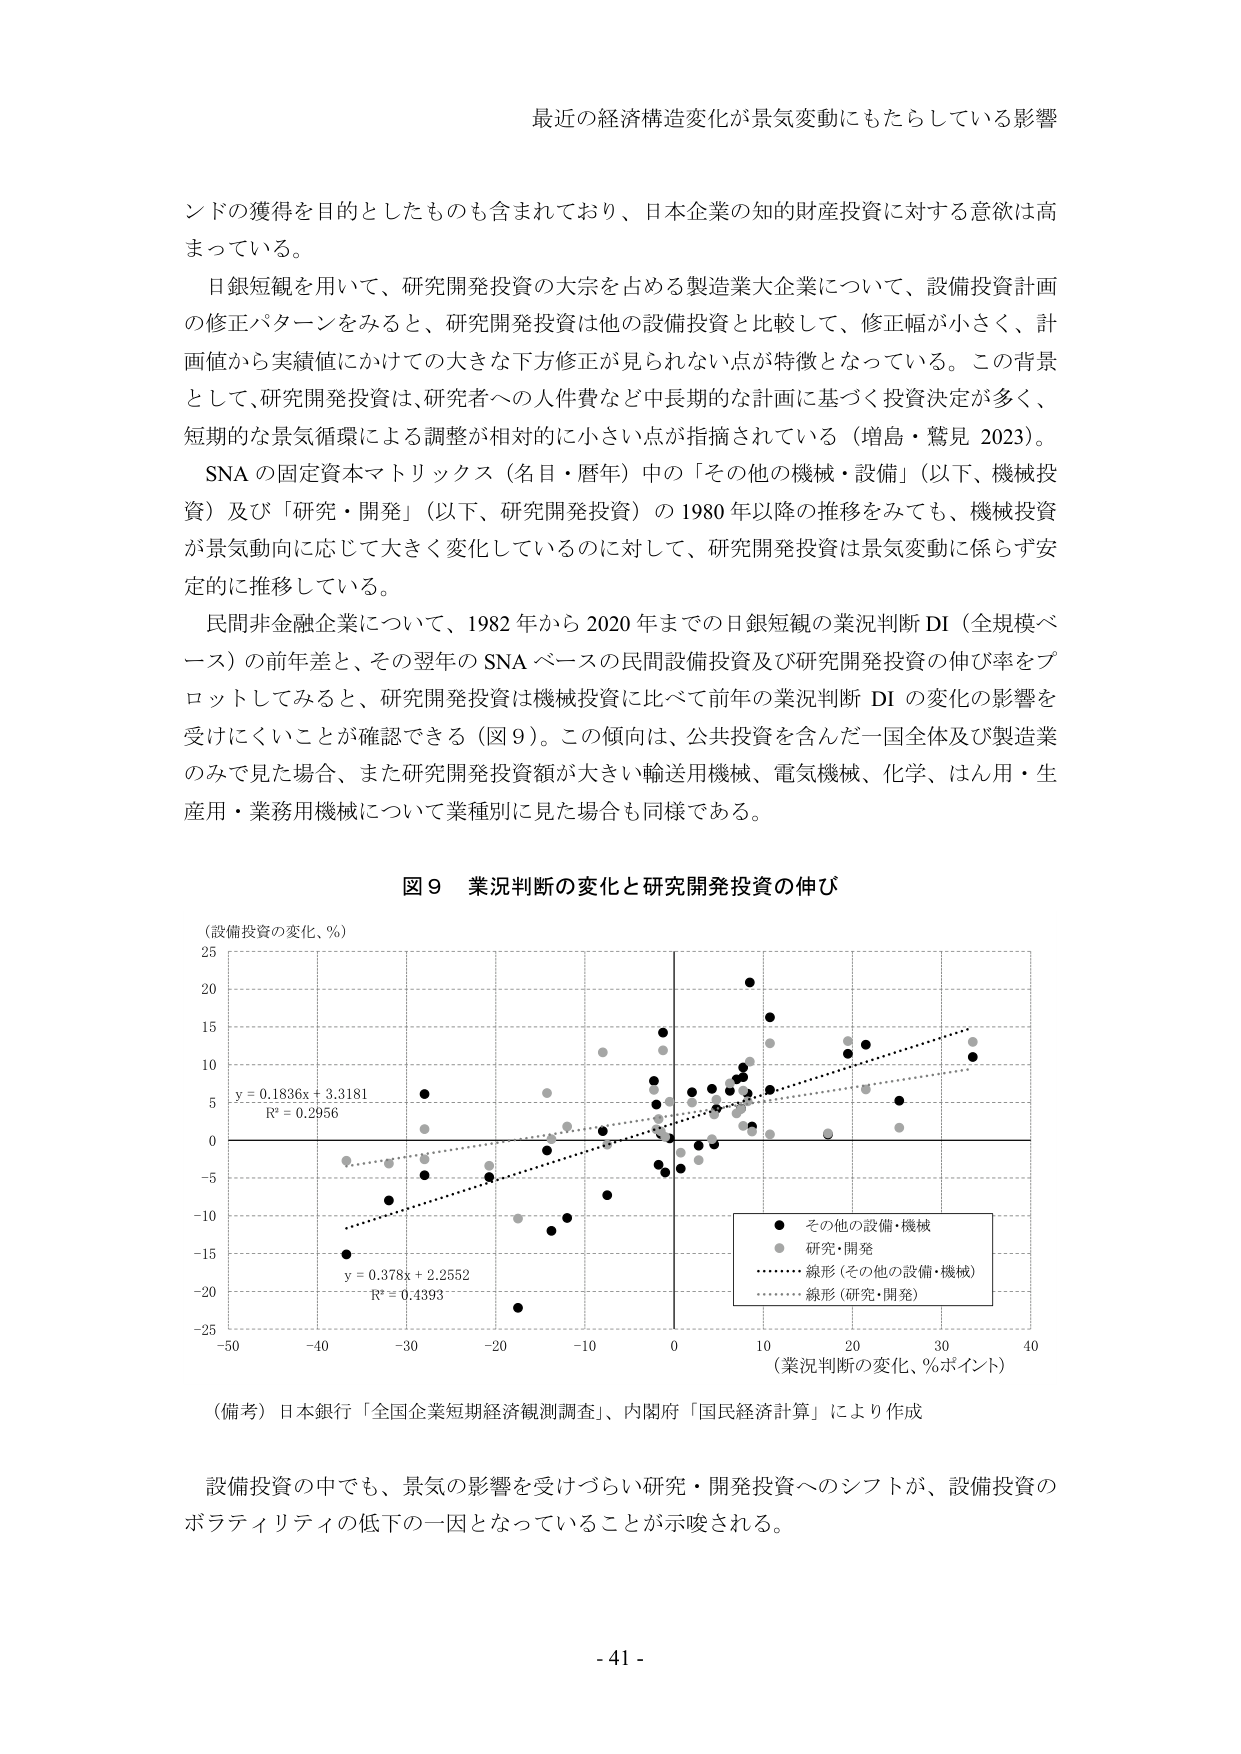
最近の経済構造変化が景気変動にもたらしている影響

ンドの獲得を目的としたものも含まれており、日本企業の知的財産投資に対する意欲は高まっている。

日銀短観を用いて、研究開発投資の大宗を占める製造業大企業について、設備投資計画の修正パターンをみると、研究開発投資は他の設備投資と比較して、修正幅が小さく、計画値から実績値にかけての大きな下方修正が見られない点が特徴となっている。この背景として、研究開発投資は、研究者への人件費など中長期的な計画に基づく投資決定が多く、短期的な景気循環による調整が相対的に小さい点が指摘されている（増島・鷲見 2023）。

SNA の固定資本マトリックス（名目・暦年）中の「その他の機械・設備」（以下、機械投資）及び「研究・開発」（以下、研究開発投資）の 1980 年以降の推移をみても、機械投資が景気動向に応じて大きく変化しているのに対して、研究開発投資は景気変動に係らず安定的に推移している。

民間非金融企業について、1982 年から 2020 年までの日銀短観の業況判断 DI（全規模ベース）の前年差と、その翌年の SNA ベースの民間設備投資及び研究開発投資の伸び率をプロットしてみると、研究開発投資は機械投資に比べて前年の業況判断 DI の変化の影響を受けにくいことが確認できる（図 9）。この傾向は、公共投資を含んだ一国全体及び製造業のみで見た場合、また研究開発投資額が大きい輸送用機械、電気機械、化学、はん用・生産用・業務用機械について業種別に見た場合も同様である。

図 9 業況判断の変化と研究開発投資の伸び

（設備投資の変化、％）
25
20
15
10
5
y = 0.1836x + 3.3181
R² = 0.2956
0
-5
-10
-15
-20
-25
-50 -40 -30 -20 -10 0 10 20 30 40
（業況判断の変化、％ポイント）

● その他の設備・機械
○ 研究・開発
…… 線形（その他の設備・機械）
…… 線形（研究・開発）

y = 0.378x + 2.2552
R² = 0.4393

（備考）日本銀行「全国企業短期経済観測調査」、内閣府「国民経済計算」により作成

設備投資の中でも、景気の影響を受けづらい研究・開発投資へのシフトが、設備投資のボラティリティの低下の一因となっていることが示唆される。

- 41 -